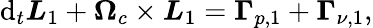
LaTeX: \mathrm{d}_{t}\boldsymbol{L}_{1}+\boldsymbol{\Omega}_{c}\times\boldsymbol{L}_{1}=\boldsymbol{\Gamma}_{p,{1}}+\boldsymbol{\Gamma}_{\nu,{1}},